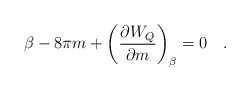
\begin{align*}\beta - 8\pi m + \left({\partial W_Q \over \partial m}\right)_{\beta}=0~~~.\end{align*}